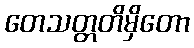
တေသတ္တတိမှိတော